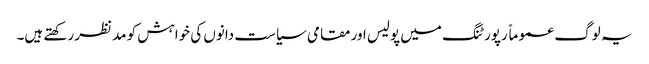
یہ لوگ عموماً رپورٹنگ میں پولیس اور مقامی سیاست دانوں کی خواہش کو مدنظر رکھتے ہیں۔